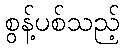
စွန့်ပစ်သည့်